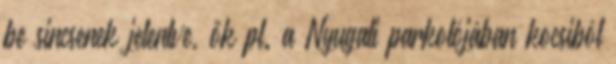
be sincsenek jelentve, ők pl. a Nyugati parkolójában kocsiból